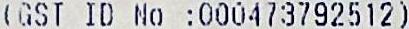
(GST ID NO :000473792512)